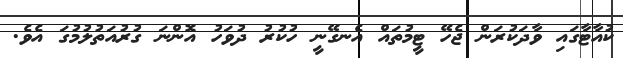
ކުއާޓާގައި ވާދަކުރަން ޖެހޭ ޓީމުތައް އެނގޭނީ ހުކުރު ދުވަހު އޮންނަ ގުރުއަތުލުމުގަ އެވެ.